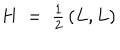
LaTeX: H ~ = ~ { \textstyle { \frac { 1 } { 2 } } } \, ( L , L )